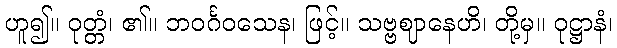
ဟူ၍။ ဝုတ္တံ၊ ၏။ ဘဝင်္ဂဝသေန၊ ဖြင့်။ သဗ္ဗဈာနေဟိ၊ တို့မှ။ ဝုဋ္ဌာနံ၊